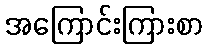
အကြောင်းကြားစာ